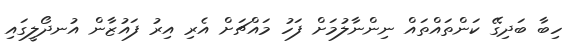
ހިބާ ބަދިގޭ ކަންތައްތައް ނިންނާލުމަށް ފަހު މައްޗަށް އެރި އިރު ފައުޒާން އުނދޯލީގައި